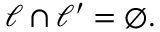
\ell \cap \ell ^ { \prime } = \varnothing .